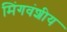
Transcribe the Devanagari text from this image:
मिंगवंशीय